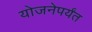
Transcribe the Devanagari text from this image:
योजनेपर्यंत